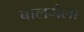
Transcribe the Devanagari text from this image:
बालमेला